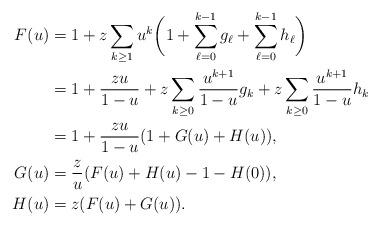
LaTeX: \begin{align*}F(u)&=1+z\sum\limits_{k\geq 1}u^k\biggl(1+\sum\limits_{\ell=0}^{k-1} g_\ell +\sum\limits_{\ell=0}^{k-1} h_\ell\biggr)\\&=1+\frac{zu}{1-u}+z\sum\limits_{k\geq 0}\frac{u^{k+1}}{1-u}g_k+z\sum\limits_{k\geq 0}\frac{u^{k+1}}{1-u}h_k\\&=1+\frac{zu}{1-u}(1+G(u)+H(u)),\\G(u)&=\frac{z}{u}(F(u)+H(u)-1-H(0)),\\H(u)&=z(F(u)+G(u)).\end{align*}